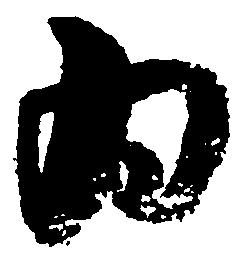
為